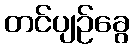
တင်ပျဉ်ခွေ